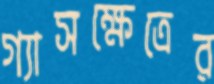
গ্যাসক্ষেত্রের